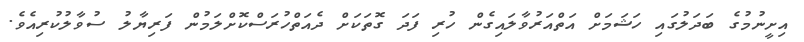
އިށީނުމުގެ ބަދަލުގައި ހަޝަމަށް އަތްއަރުވާލައިގެން ހުރި ފަދަ ގޮތަކަށް ދެއަތްހުރަސްކޮށްލަމުން ފަރިޔާލު ސުވާލުކުރިއެވެ.